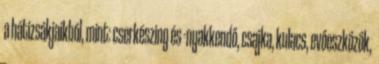
a hátizsákjaikból, mint: cserkészing és -nyakkendő, csajka, kulacs, evőeszközök,